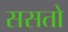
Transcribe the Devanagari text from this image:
ससतो